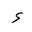
Letter: _hamza